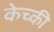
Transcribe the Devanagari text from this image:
केच्की